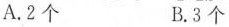
A.2个 B.3个